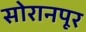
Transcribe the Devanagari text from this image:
सोरानपूर